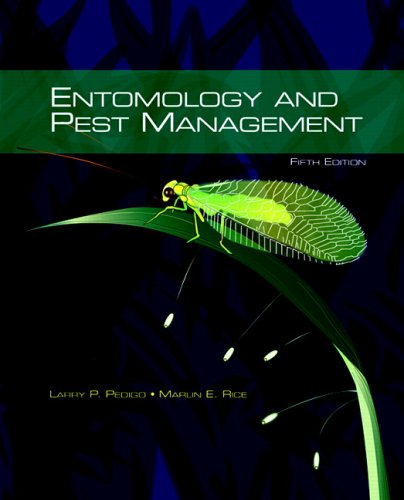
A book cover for Entomology and Pest Management (5th Edition); Larry P. Pedigo; Science & Math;